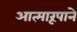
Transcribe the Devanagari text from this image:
आत्मारूपाने